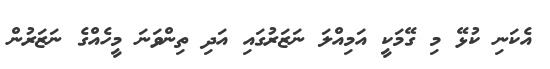
އެކަނި ކުޅޭ މި ގޭމަކީ އަމިއްލަ ނަޒަރުގައި އަދި ތިންވަނަ މީހެއްގެ ނަޒަރުން